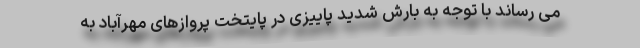
می رساند با توجه به بارش شدید پاییزی در پایتخت پروازهای مهرآباد به